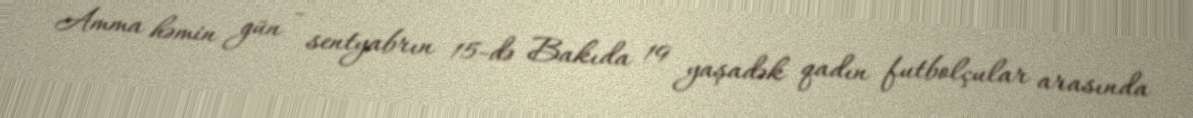
Amma həmin gün - sentyabrın 15-də Bakıda 19 yaşadək qadın futbolçular arasında